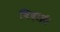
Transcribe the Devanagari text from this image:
विदाई।